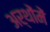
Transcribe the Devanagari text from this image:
अर्थोंमें